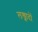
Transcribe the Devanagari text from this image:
लख्नादों